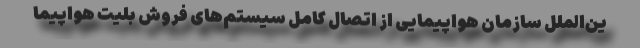
ین‌الملل سازمان هواپیمایی از اتصال کامل سیستم‌های فروش بلیت هواپیما